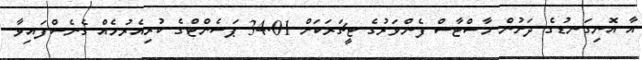
އާ އޮނިގަނޑުގެ ދަށުން މާސްޓާސް ފެންވަރުގެ ޓީޗަރަކަށް 34.01 ޕަސެންޓްގެ ކުރިއެރުމެއް ގެނެސްފައިވާ